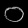
Digit: ၀